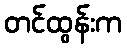
တင်ထွန်းက